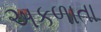
અકળાતા